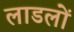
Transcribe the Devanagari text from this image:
लाडलों